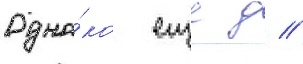
Одна́ко еще д //